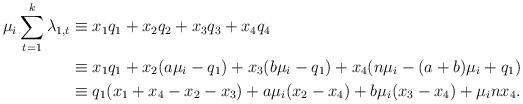
LaTeX: \begin{align*}\mu_i \sum_{t=1}^k \lambda_{1,t}& \equiv x_1q_1+x_2q_2+x_3q_3+x_4q_4 \\&\equiv x_1q_1 + x_2(a\mu_i-q_1)+x_3(b\mu_i-q_1)+x_4(n\mu_i-(a+b)\mu_i+q_1) \\&\equiv q_1(x_1+x_4-x_2-x_3)+a\mu_i(x_2-x_4)+b\mu_i(x_3-x_4)+\mu_inx_4.\end{align*}